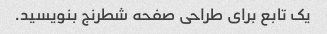
یک تابع برای طراحی صفحه شطرنج بنویسید.